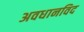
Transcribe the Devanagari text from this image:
अवधानविद